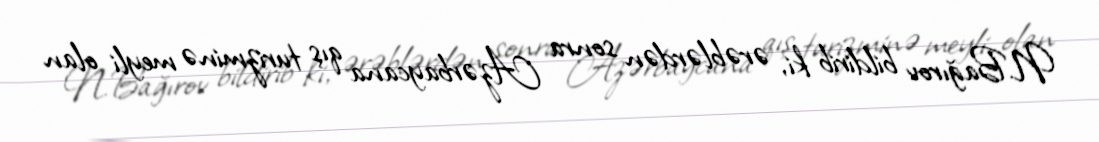
N.Bağırov bildirib ki, ərəblərdən sonra Azərbaycana qış turizminə meyli olan